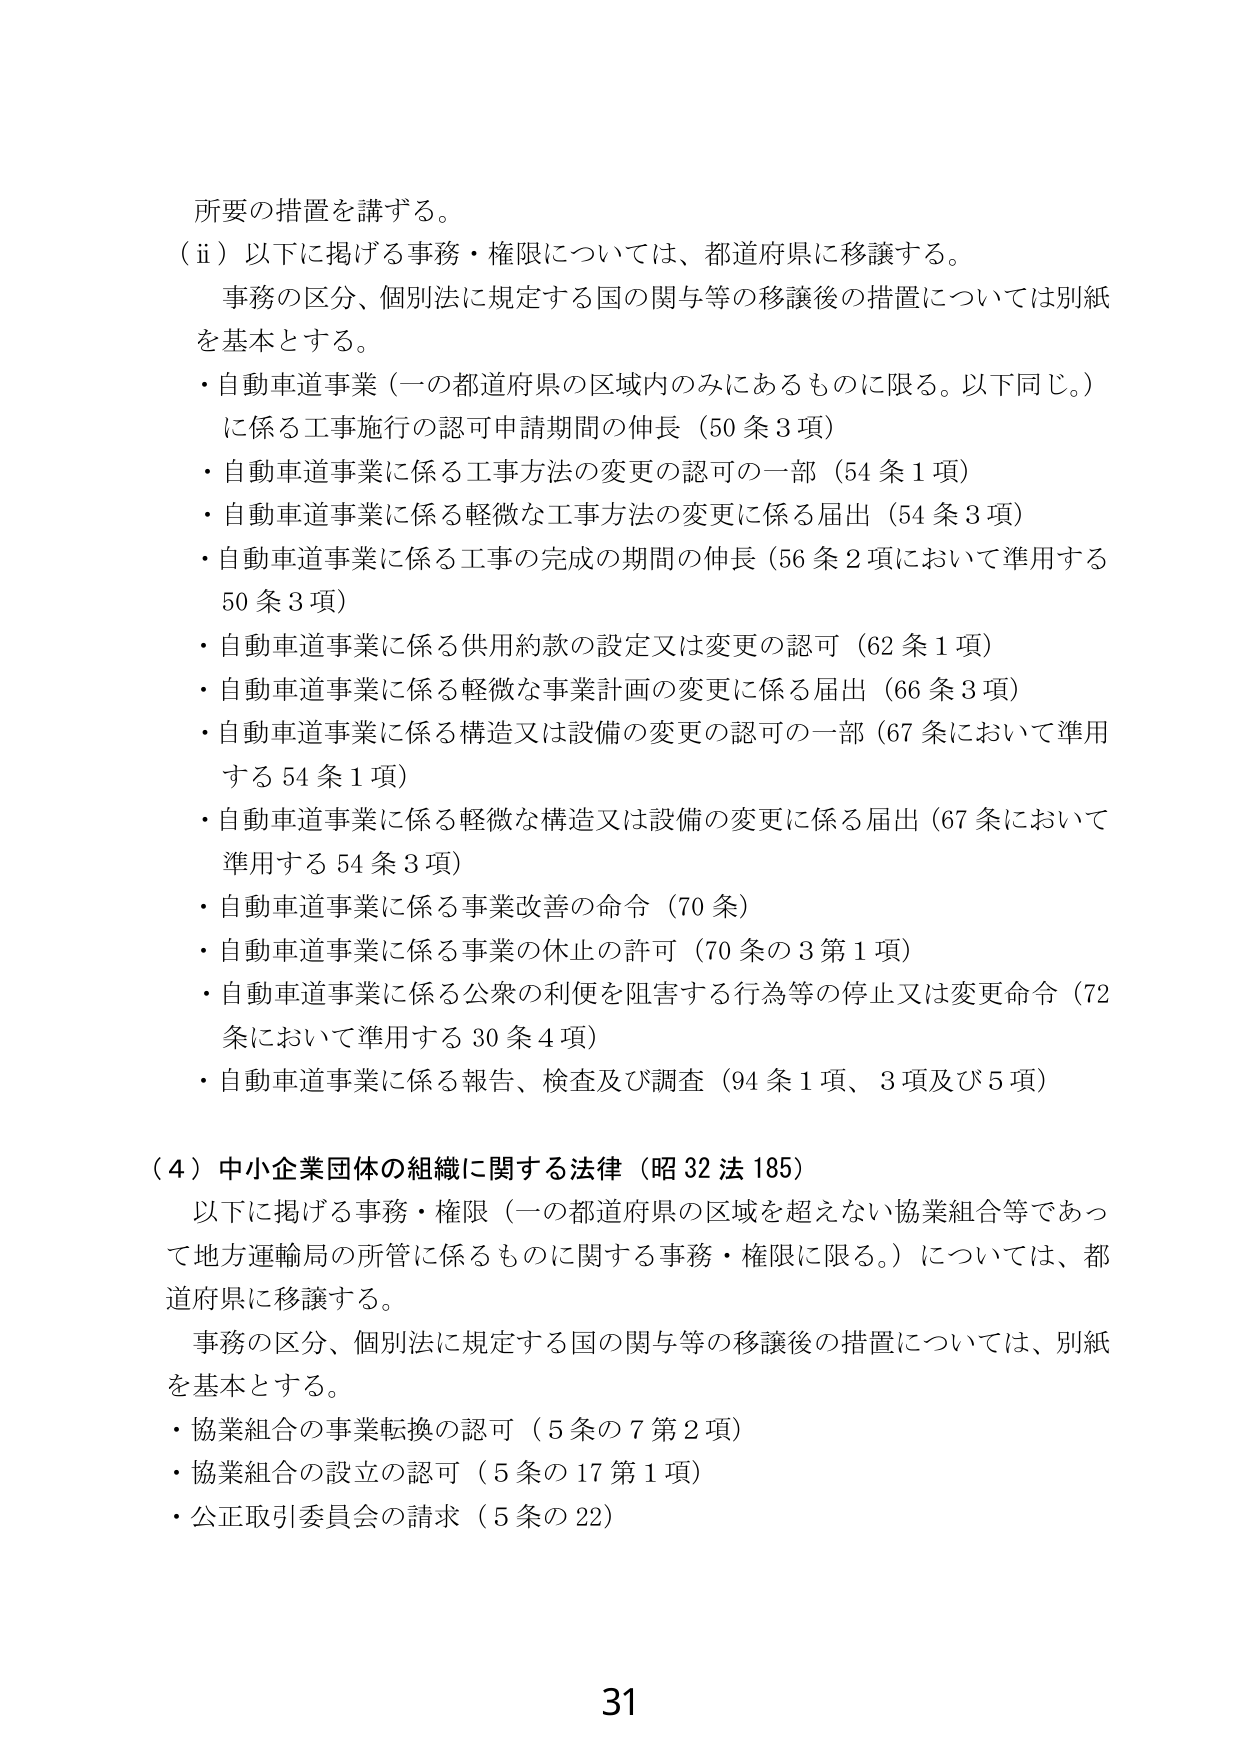
所要の措置を講ずる。

（ⅱ）以下に掲げる事務・権限については、都道府県に移譲する。
　事務の区分、個別法に規定する国の関与等の移譲後の措置については別紙を基本とする。
・自動車道事業（一の都道府県の区域内のみにあるものに限る。以下同じ。）
　に係る工事施行の認可申請期間の伸長（50条3項）
・自動車道事業に係る工事方法の変更の認可の一部（54条1項）
・自動車道事業に係る軽微な工事方法の変更に係る届出（54条3項）
・自動車道事業に係る工事の完成の期間の伸長（56条2項において準用する50条3項）
・自動車道事業に係る供用約款の設定又は変更の認可（62条1項）
・自動車道事業に係る軽微な事業計画の変更に係る届出（66条3項）
・自動車道事業に係る構造又は設備の変更の認可の一部（67条において準用する54条1項）
・自動車道事業に係る軽微な構造又は設備の変更に係る届出（67条において準用する54条3項）
・自動車道事業に係る事業改善の命令（70条）
・自動車道事業に係る事業の休止の許可（70条の3第1項）
・自動車道事業に係る公衆の利便を阻害する行為等の停止又は変更命令（72条において準用する30条4項）
・自動車道事業に係る報告、検査及び調査（94条1項、3項及び5項）

（4）中小企業団体の組織に関する法律（昭32法185）
　以下に掲げる事務・権限（一の都道府県の区域を超えない協業組合等であって地方運輸局の所管に係るものに関する事務・権限に限る。）については、都道府県に移譲する。
　事務の区分、個別法に規定する国の関与等の移譲後の措置については、別紙を基本とする。
・協業組合の事業転換の認可（5条の7第2項）
・協業組合の設立の認可（5条の17第1項）
・公正取引委員会の請求（5条の22）

31